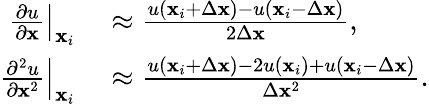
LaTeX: \begin{array}{rl}{\left.\frac{\partial u}{\partial\mathbf{x}}\right|_{\mathbf{x}_{i}}}&{{}\approx\frac{u\left(\mathbf{x}_{i}+\Delta\mathbf{x}\right)-u\left(\mathbf{x}_{i}-\Delta\mathbf{x}\right)}{2\Delta\mathbf{x}},}\\ {\left.\frac{\partial^{2}u}{\partial\mathbf{x}^{2}}\right|_{\mathbf{x}_{i}}}&{{}\approx\frac{u\left(\mathbf{x}_{i}+\Delta\mathbf{x}\right)-2u\left(\mathbf{x}_{i}\right)+u\left(\mathbf{x}_{i}-\Delta\mathbf{x}\right)}{\Delta\mathbf{x}^{2}}.}\end{array}